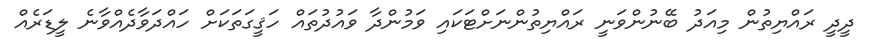
ދީދީ ރައްޔިތުން މިއަދު ބޭނުންވަނީ ރައްޔިތުންނަށްޓަކައި ވަމުންދާ ވައުދުތައް ހަޤީގަތަކަށް ހައްދަވާދެއްވާނެ ލީޑަރެއް